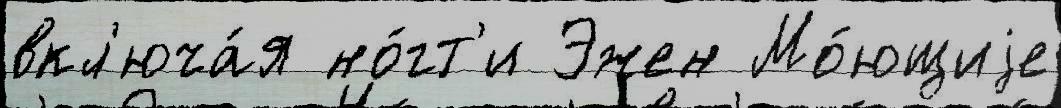
вкл'юча́я но́гт'и Эжен Мо́ющиjе